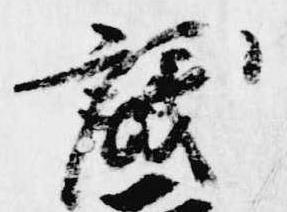
議